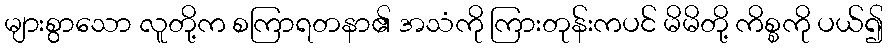
များစွာသော လူတို့က စကြာရတနာ၏ အသံကို ကြားတုန်းကပင် မိမိတို့ ကိစ္စကို ပယ်၍